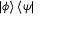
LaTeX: | \phi \rangle \, \langle \psi |